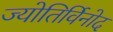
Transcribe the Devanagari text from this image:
ज्योतिर्विनोद